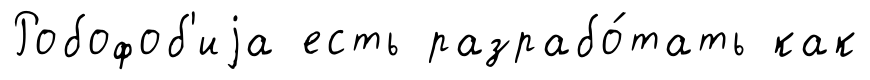
Робофоб'иjа есть разрабо́тать как